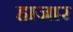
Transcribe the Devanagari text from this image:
हाजार